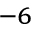
^ { - 6 }